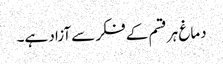
دماغ ہر قسم کے فکر سے آزاد ہے۔